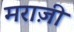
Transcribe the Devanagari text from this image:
मराज़ी